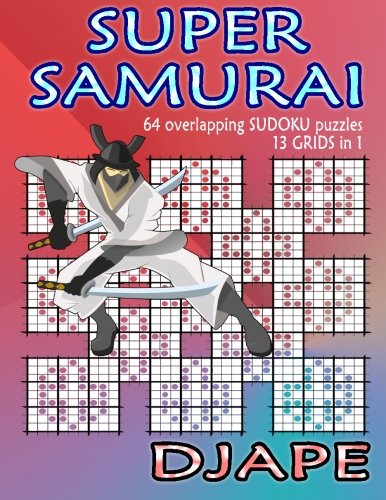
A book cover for Super Samurai Sudoku: 64 overlapping puzzles, 13 grids in 1!; Djape; Humor & Entertainment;